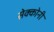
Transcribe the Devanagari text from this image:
सेक्कोनी